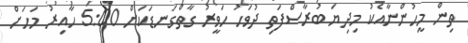
ތިން މީހުންނާއެކު މިދިޔަ ބުރާސްފަތި ދުވަހު ހަވީރު ގާތްގަނޑަކަށް 5:00 ހާއިރު މަހަށް